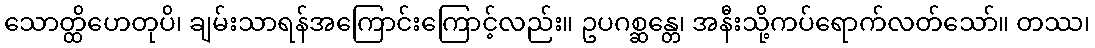
သောတ္ထိဟေတုပိ၊ ချမ်းသာရန်အကြောင်းကြောင့်လည်း။ ဥပဂစ္ဆန္တေ၊ အနီးသို့ကပ်ရောက်လတ်သော်။ တဿ၊